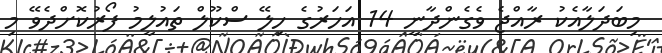
މިބަދަލާއެކު ރާއްޖެ ވެގެންދާނީ 14 އަހަރުގެ ހިލޭ ސްކޫލް ތައުލީމު ފޯރުކޮށްދެވޭ މި